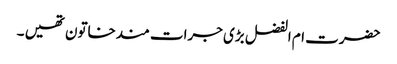
حضرت ام الفضل بڑی جرات مندخاتون تھیں ۔